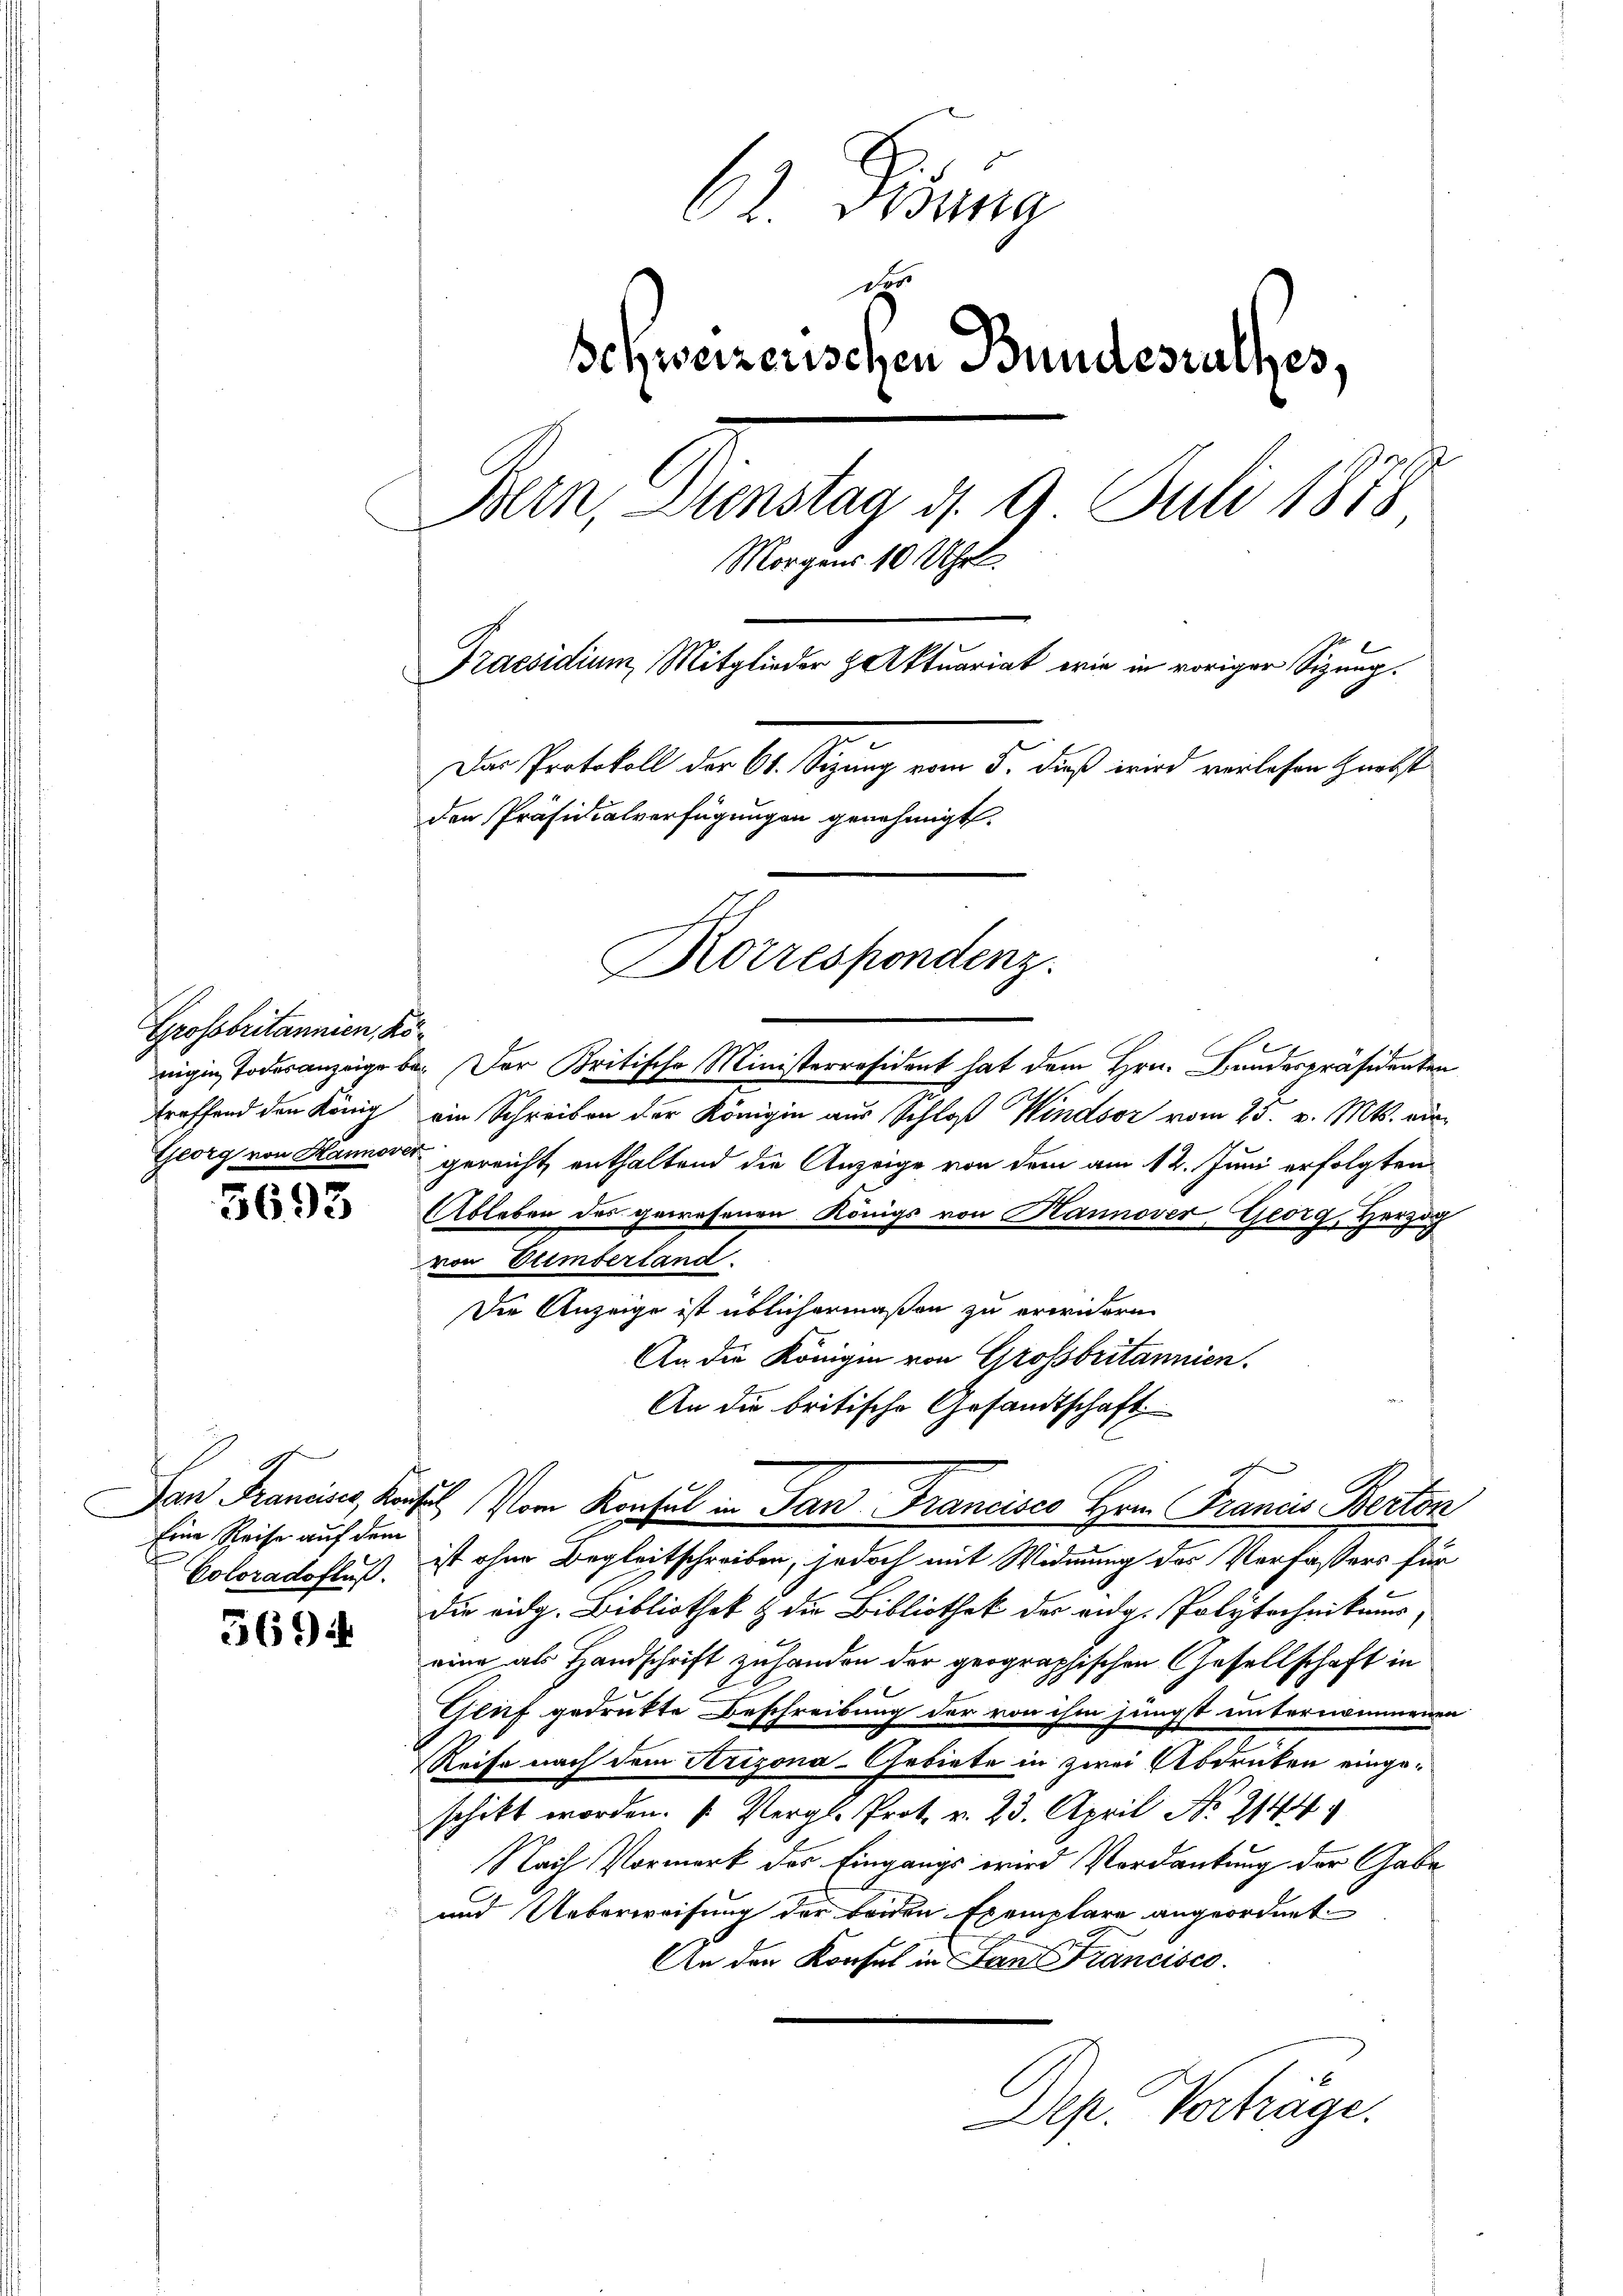
Grossbritannien, Kötreffend den König
Georg von Hannover

3693

ten und
Eine Reise auf dem

569

62. Dirung
Schweizerischen Bundesrathes,
Bern, Dienstag d. 9 Juli 1878
Morgens 10 Uhr
Praesidium, Mitglieder Aktuariat wie in voriger Sitzung.
Der Protokoll der 61. Sitzung vom 5. dieß wird verlesen Zunft
den Präsidialverfügungen genehmigt.

Korrespondenz.

nigen Todesanzeige be- Der Britische Ministerresident hat dem Hrn. Bundespräsidenten
ein Schreiben der Königin aus Schloß Windsor vom 25. v. Mts. vorgereicht enthaltend die Anzeige von dem am 12. Juni erfolgten
Ableben des gewesenen Königs von Hannover Georg, Herzog
von Vuimberland.
Die Anzeige ist üblichermaßen zu erwidern.
An die Königin von Grossbritannien.
An die britische Gesandtschaft
San Francier, Kaisel. Vom Konsul in San Francisco Hrn. Francis Berton
Coloradofluß, ist ohne Begleitschreiben, jedoch mit Widmung des Verfaßers für
die eidg. Bibliothek & die Bibliothek der eidg. Polytechnikaur,
eine als Handschrift zu handen der geographischen Gesellschaft in
Gluf gedruckte Beschreibung der von ihm jüngst unternommenen
Reise nach dem Arizona-Gebiete in zwei Abdruken eingeschikt worden. (Vergl. Prot. v. 23. April No 2144
Nach Vormerk des Eingangs wird Verdankung der Gabe
und Ueberweisung der beiden Exemplare angeordnet
An den Konsul in Land Francisco
Dep. Vorträge.